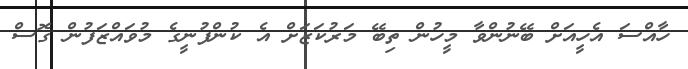
ހާއްސަ އެހީއަށް ބޭނުންވާ މީހުން ތިބޭ މަރުކަޒަށް އެ ކުންފުނީގެ މުވައްޒަފުން ގޮސް